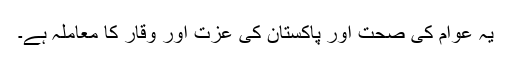
یہ عوام کی صحت اور پاکستان کی عزت اور وقار کا معاملہ ہے۔